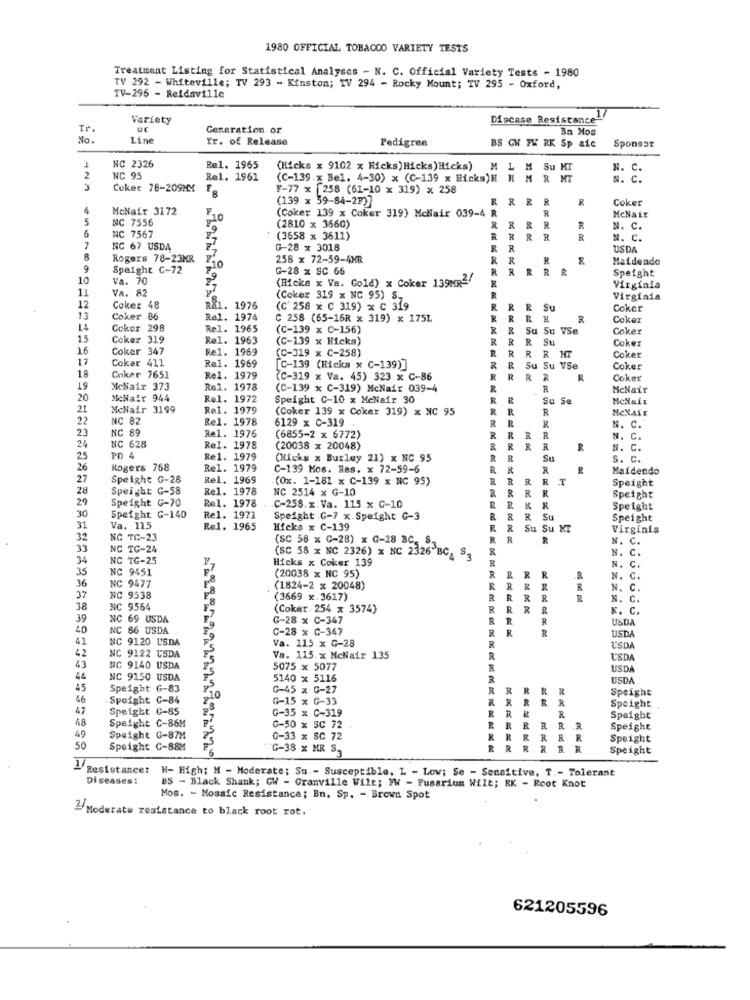
1980 OFFICIAL TOBACCO VARIETY TESTS
Treatment Listing for Statistical Analyses - N. C. Official Variety Tests - 1980
TV 292 - Whiteville; TV 293 - Kinston; TV 294 - Rocky Mount; TV 295 - Oxford,
TV-296 - Reidsville
Variety
Discase Resistance"
Tr
Generation or
Ba Mos
No.
Line
Yr. of Release
Pedigree
BS GW FH RK Sp aic
Sponsor
NC 2326
Rel. 1965
(Hicks x 9102 x Hicks) Hicks) Hicks)
M L M Su MT
N. C.
2
NC 95
Rel. 1961
(C-139 x Bel. 4-30) x (C-139 x Hicks)H H
M R MT
N. C.
Ceket 78-209MM
F-77 x 258 (61-10 x 319) x 258
(139 x 59-84-2F)]
RRRR
Coker
4
McNair 3172
(Coker 139 x Coker 319) Mcllair 039-4
-4 R
5
NC 7556
-10
R
MeNaix
6
(2810 x 3660)
RR
R
N. C.
NC 7567
(3658 x 3611)
R
R
RRR
R
N. C.
7
NC 67 USDA
G-28 x 3018
R
R
USDA
Rogers 78-23MR
10
258 x 72-59-4MB
R
R
Maidendo
9
Spaight C-72
G-28 x SC 66
RRRRR
Speight
10
Va. 70
(Hicks x Va. Gold) x Coker 139MR2'
11
Va. 82
Virginia
12
(Coker 319 x NC 95) S.
R
Virginia
Coker 48
. 1976
(C' 258 * C 319) x C 319
R
R & SU
Coker
Coker 86
Ral. 1974
C 258 (65-16R x 319) x 175L
R
R
R
Coker
14
Coker 298
Rel. 1965
(C-139 x C-156)
R Su Su VSe
Coker
15
Coker 319
Rel. 1963
(C-139 x Hicka)
R R Su
Coker
16
Coker 347
Re1. 1969
(C-319 x C-258)
R
17
Coker 411
Rel. 1969
R R R MT
Coker
[C-139 (Hicks x C-139)]
R & Su Su VSe
Coker
18
Cokar 7651
Re1. 1979
(C-319 x Va. 45) 323 x C-86
RRRR
R
R
Coker
19
McNair 373
Rel. 1978
(C-139 x C-319) McNair 039-4
R
R
McNair
20
McNair 944
Rel. 1972
Speight C-10 x MeNair 30
RR
Su Se
21
McNair 3199
Ref. 1979
(Coker 139 x Coker 319) x NC 95
R
R
R
MENALE
22
NC 82
Rel. 1978
6129 x C-319
R
R
23
Rel. 1976
R
N. C.
NC 89
(6855-2 x 6772)
R
R
RR
R
N.
24
NC 628
Rel. 1978
(20038 x 20048)
R
R
R
R
N. C.
25
PD 4
Rel. 1979
(Hicks x Burley 21) x NC 95
R
R
Su
s. c.
26
Rogers 768
Rel. 1979
C-139 Mos. Res. x 72-59-6
R
R
Maidendo
27
Speight G-28
Rel. 1969
(0x. 1-181 x C-139 x NC 95)
R
RRRT
Speight
28
Speight G-58
Rel. 1978
NC 2514 x G-10
RRR
29
Speight G-70
Speight
Rel. 1978
C-258.x. Va. 115 x C-10
R
R
Speight
30
Speight G-140
Rel. 1971
Speight .C-7 x. Speight G-3
R
R
R
Su
Speight
31
Va. 115
Re1. 1965
Hicks x C-139
R
R
Su Su MT
Virginia
32
NG TC-23
(SC 58 x C-28) x G-28 BC, S.
R
R
R
N. C.
33
NC TC-24
R
N. C.
34
NC TG-25
(SC 58 x NC 2326) x NC 2326 BC, S3
Hicks x Coker 139
R
N.
35
-7
R
c.
NC 9451
8
(20038 x NC 95)
R
R
N. C.
36
NC 9477
8
(1824-2 x 20048)
R
R
R
R
N. C.
37
NC 9538
(3669 x.3617)
R
RR
N. C.
38
C 9564
-8
(Coker. 254 x 3574)
R
R
K. C.
39
NC 69 USDA
G-28 x C-347
R
R
R
USDA
40
NC 86 USDA
-9
C-28 x C-347
R
R
41
NC 9120 USDA
2
R
USDA
42
Va. 115 x G-28
R
USDA
NC 9122 USDA
Va. 115. x McNair 135
R
USDA
43
BC 9140 USDA
5075 x 5077
R
USDA
44
NC 9150 USDA
5140 x 5116
R
USDA
45
Speight G-83
C-45 x G-27
R
R
R
RR
Speight
46
Speight C-84
G-15 x G-33
R
R
47
Speight G-85
G-35 x C-319
RR
Speight
48
Speight C-86M
R
R
Speight
C-50 x SC 72
R
R
R
RRR
Speight
49
Speight G-87M
0-33 x SC 72
R
R
RR
Speight
SO
Speight C-88M
'G-38 x MR S.
RR
R
R
Speight
1/Resistance:
H- High; M - Moderate; Su - Susceptible, L - Low; Se - Sensitive, T .- Tolerant
Diseases:
BS - Black Shank; GW - Granville Wilt; PW - Fusarium Wilt; RK - Root Knot
Mos. - Mosaic Resistance; Bn. Sp. - Brown Spot
2/Moderate resistance to black root rot.
621205596